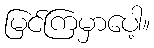
မြင်ကြမှာပေါ့။